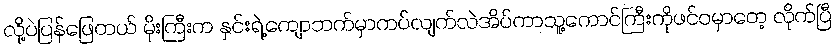
လို့ပဲပြန်ဖြေတယ် မိုးကြီးက နှင်းရဲ့ကျောဘက်မှာကပ်လျက်လဲအိပ်ကာသူ့ကောင်ကြီးကိုဖင်ဝမှာတေ့ လိုက်ပြီ